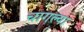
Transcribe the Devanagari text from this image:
चागल्या